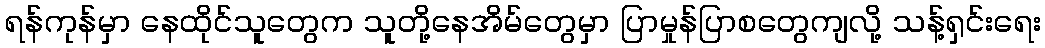
ရန်ကုန်မှာ နေထိုင်သူတွေက သူတို့နေအိမ်တွေမှာ ပြာမှုန်ပြာစတွေကျလို့ သန့်ရှင်းရေး